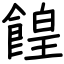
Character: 餭